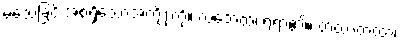
မသေခြင်းအစရှိသောအကျိုးကို။ လဘေထ၊ ရရာ၏။ တထာတထာ၊